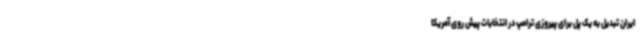
ایران تبدیل به یک پل برای پیروزی ترامپ در انتخابات پیش روی آمریکا